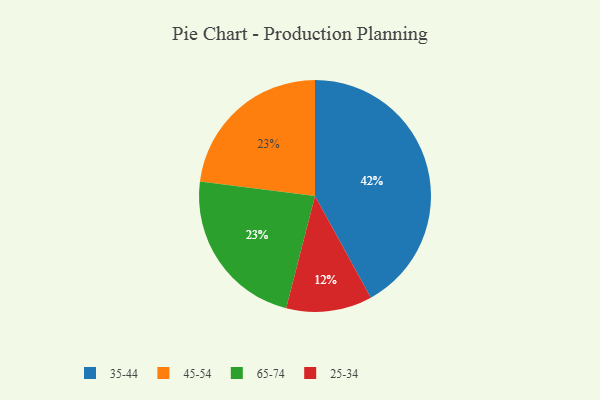
{"axis": {"x": "Category", "y": "Percentage"}, "legend": ["25-34", "35-44", "45-54", "65-74"], "data": [{"x": "45-54", "y": 23, "type": "45-54"}, {"x": "25-34", "y": 12, "type": "25-34"}, {"x": "65-74", "y": 23, "type": "65-74"}, {"x": "35-44", "y": 42, "type": "35-44"}]}